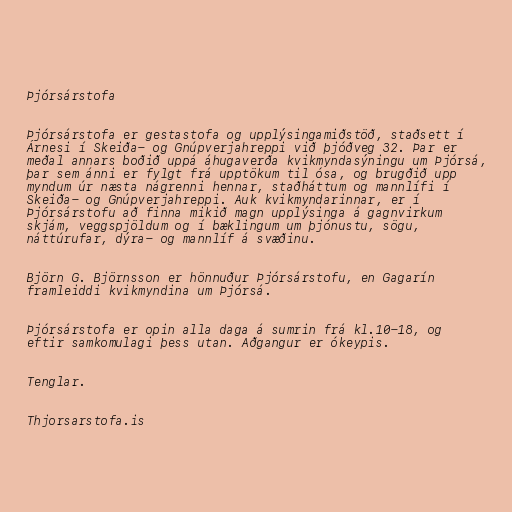
Þjórsárstofa

Þjórsárstofa er gestastofa og upplýsingamiðstöð, staðsett í
Árnesi í Skeiða- og Gnúpverjahreppi við þjóðveg 32. Þar er
meðal annars boðið uppá áhugaverða kvikmyndasýningu um Þjórsá,
þar sem ánni er fylgt frá upptökum til ósa, og brugðið upp
myndum úr næsta nágrenni hennar, staðháttum og mannlífi í
Skeiða- og Gnúpverjahreppi. Auk kvikmyndarinnar, er í
Þjórsárstofu að finna mikið magn upplýsinga á gagnvirkum
skjám, veggspjöldum og í bæklingum um þjónustu, sögu,
náttúrufar, dýra- og mannlíf á svæðinu.

Björn G. Björnsson er hönnuður Þjórsárstofu, en Gagarín
framleiddi kvikmyndina um Þjórsá.

Þjórsárstofa er opin alla daga á sumrin frá kl.10-18, og
eftir samkomulagi þess utan. Aðgangur er ókeypis.

Tenglar.

Thjorsarstofa.is